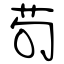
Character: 苟